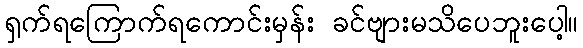
ရှက်ရကြောက်ရကောင်းမှန်း ခင်ဗျားမသိပေဘူးပေါ့။